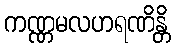
ကဏ္ဏမလဟရဏိန္တိ